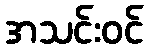
အသင်းဝင်